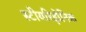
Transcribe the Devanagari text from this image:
स्टीयरिड़ोनिक